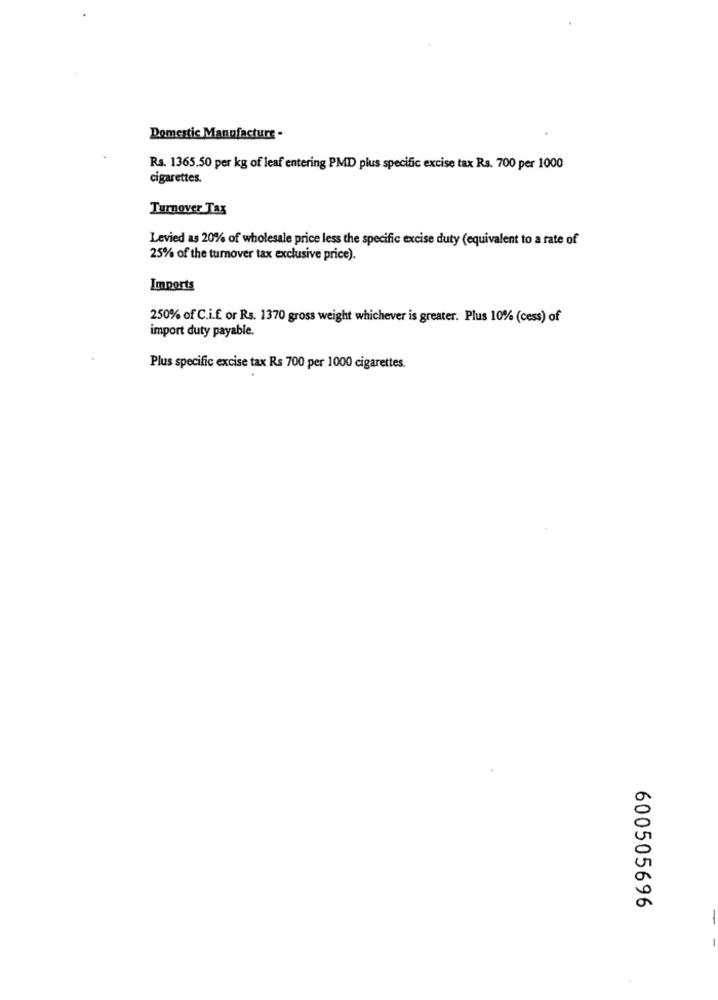
Domestic Manufacture -
Rs. 1365.50 per kg of leaf entering PMD plus specific excise tax Rs. 700 per 1000
cigarettes.
Turnover Tax
Levied as 20% of wholesale price less the specific excise duty (equivalent to a rate of
25% of the turnover tax exclusive price).
Imports
250% of C.i.f or Rs. 1370 gross weight whichever is greater. Plus 10% (cess) of
import duty payable.
Plus specific excise tax Rs 700 per 1000 cigarettes.
600505696